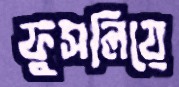
ফুসলিয়ে